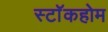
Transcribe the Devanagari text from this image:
स्टाॅकहोम